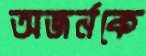
অজর্নকে